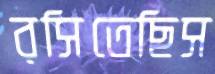
রসিতেছিস